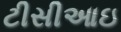
ટીસીઆઇ